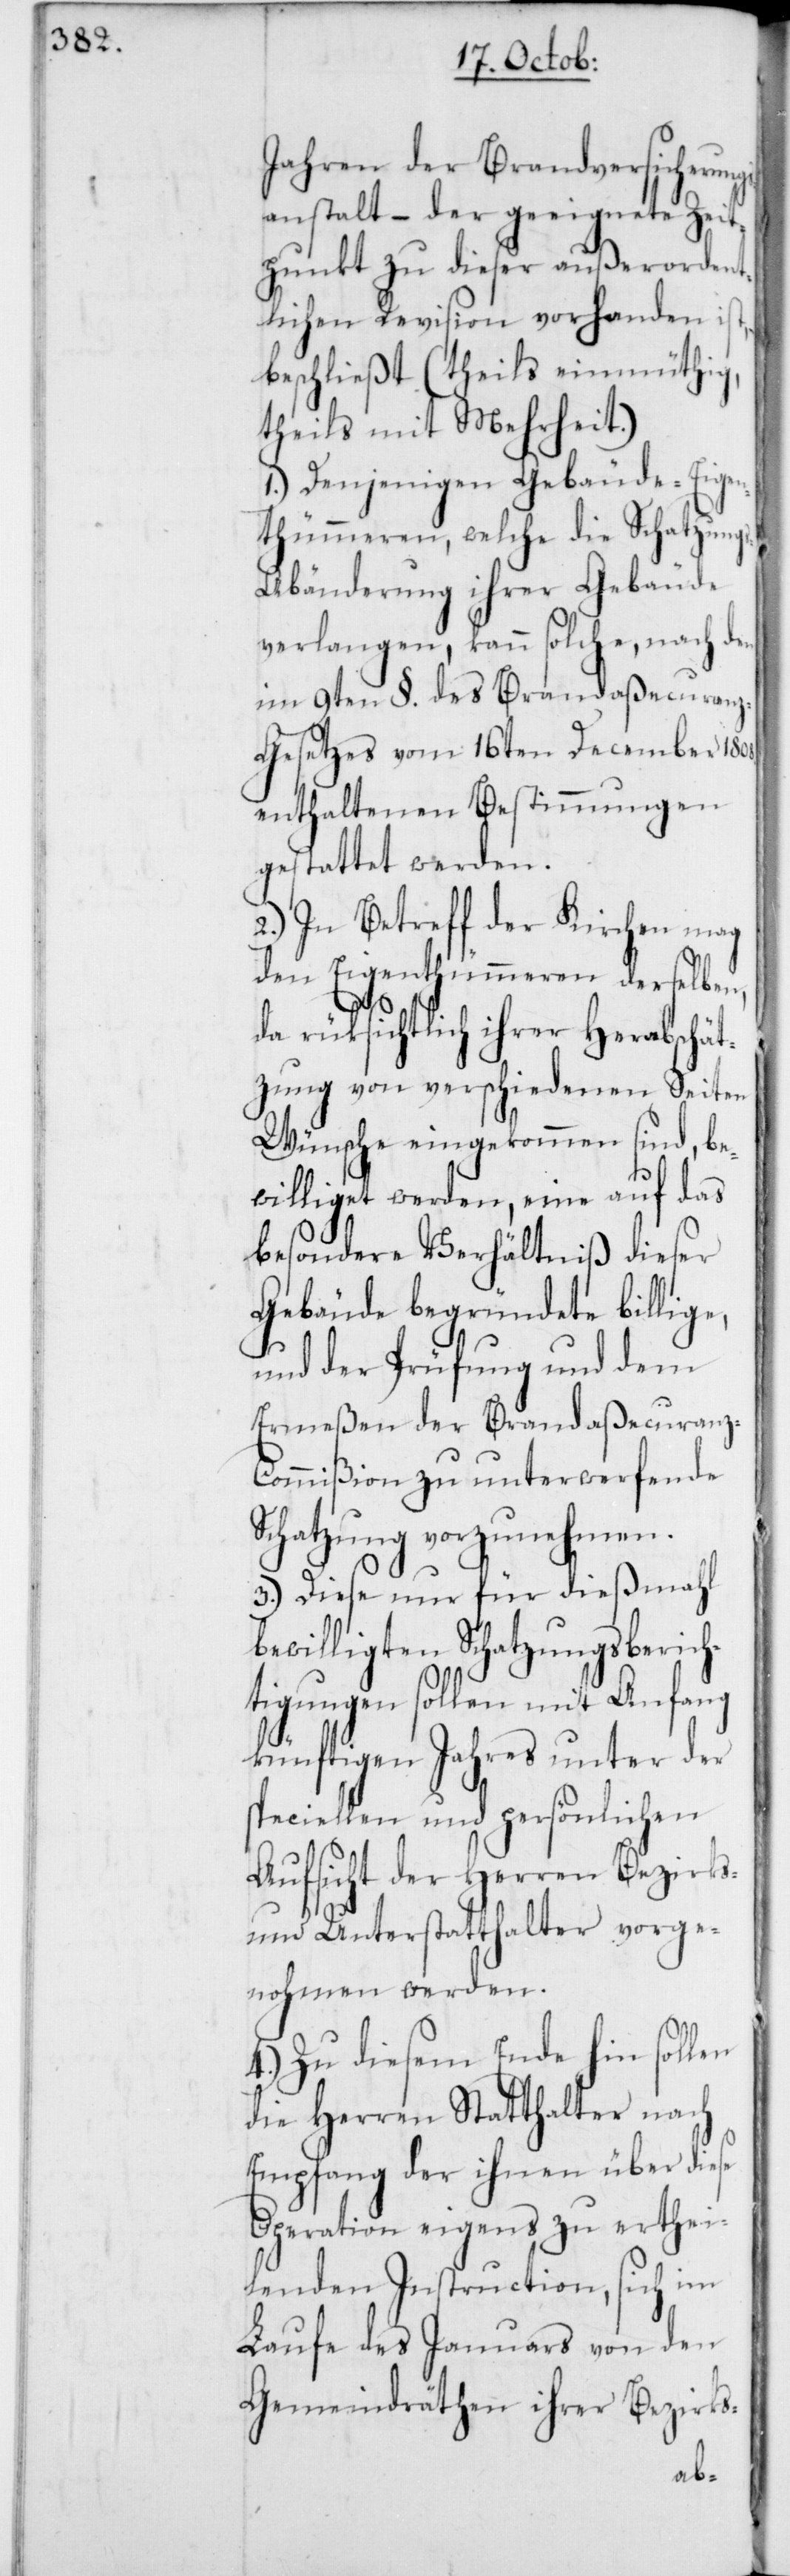
Jahren der Brandversicherung¬
sanstalt – der geeignete Zeit¬
punkt zu dieser außerordent¬
lichen Revision vorhanden ist,
beschließt (theils einmüthig,
theils mit Mehrheit.)
1.) Denjenigen Gebäude-Eigen¬
thümeren, welche die Schatzung¬
s-Abänderung ihrer Gebäude
verlangen, kann solche, nach den
im 9ten §. des Brandaßecuran¬
z-Gesetzes vom 16ten December 1808
enthaltenen Bestimmungen
gestattet werden.
2.) In Betreff der Kirchen mag
den Eigenthümeren derselben,
da rüksichtlich ihrer Herabschät¬
zung von verschiedenen Seiten
Wünsche eingekommen sind, be¬
williget werden, eine auf das
besondere Verhältniß dieser
Gebäude begründete billige,
und der Prüfung und dem
Ermeßen der Brandaßecuran¬
z-Commißion zu unterwerfende
Schatzung vorzunehmen.
3.) Diese nur für dießmahl
bewilligten Schatzungsberich¬
tigungen sollen mit Anfang
künftigen Jahres unter der
speciellen und persönlichen
Aufsicht der Herren Bezirks-
und Unterstatthalter vorge¬
nohmen werden.
4.) Zu diesem Ende hin sollen
die Herren Statthalter nach
Empfang der ihnen über diese
Operation eigens zu erthei¬
lenden Instruction, sich im
Laufe des Januars von den
Gemeindräthen ihrer Bezirks-